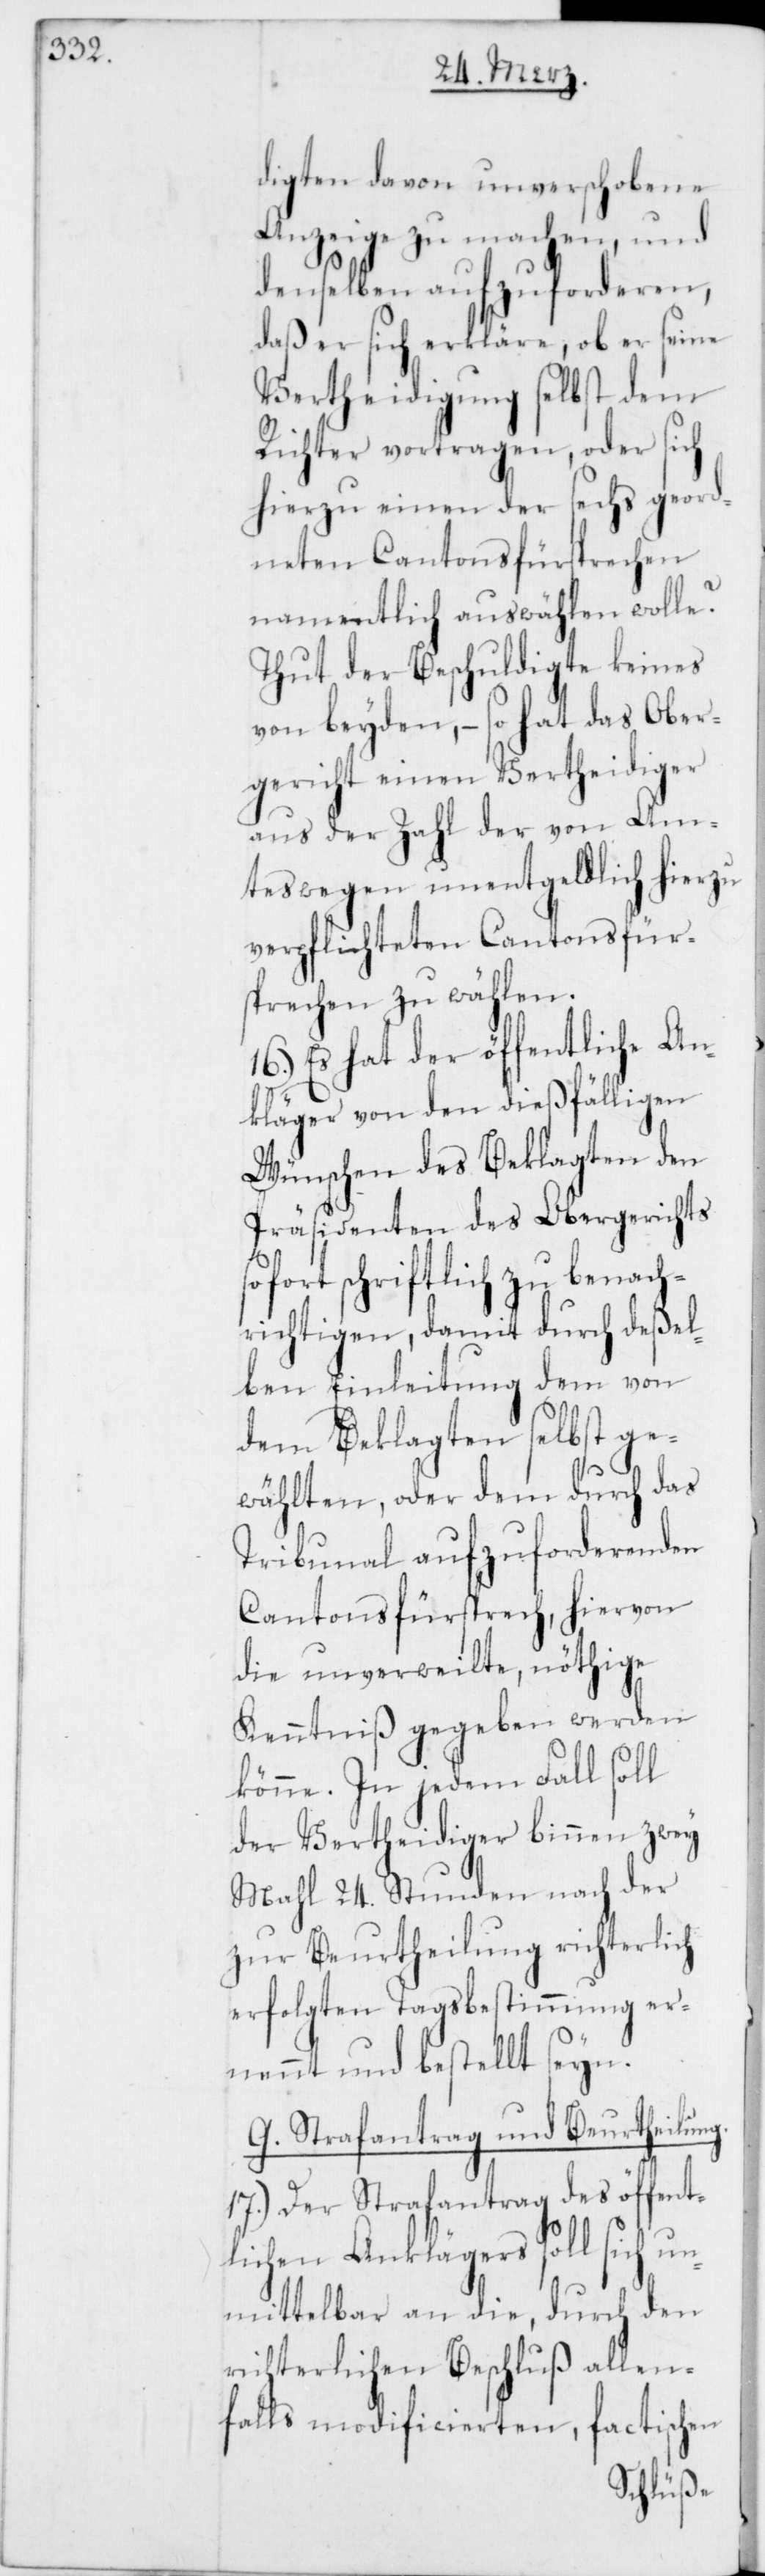
digten davon unverschobene
Anzeige zu machen, und
denselben aufzuforderen,
daß er sich erkläre, ob er seine
Vertheidigung selbst dem
Richter vortragen, oder sich
hierzu einen der sechs geord¬
neten Cantonsfürsprechen
namentlich auswählen wolle?
Thut der Beschuldigte keines
von beyden, – so hat das Ober¬
gericht einen Vertheidiger
aus der Zahl der von Am¬
tes wegen unentgeldlich hierzu
verpflichteten Cantonsfür¬
sprechen zu wählen.
16.) Es hat der öffentliche An¬
kläger von den dießfälligen
Wünschen des Beklagten den
Präsidenten des Obergerichts
sofort schriftlich zu benach¬
richtigen, damit durch deßel¬
ben Einleitung dem von
dem Beklagten selbst ge¬
wählten, oder dem durch das
Tribunal aufzuforderenden
Cantonsfürsprech, hiervon
die unverweilte, nöthige
Kenntniß gegeben werden
könne. In jedem Fall soll
der Vertheidiger binnen zwey
Mahl 24. Stunden nach der
zur Beurtheilung richterlich
erfolgten Tagsbestimmung er¬
nennt und bestellt seyn.
G. Strafantrag und Beurtheilung.
17.) Der Strafantrag des öffent¬
lichen Anklägers soll sich un¬
mittelbar an die, durch den
richterlichen Beschluß allen¬
falls modificierten, factischen